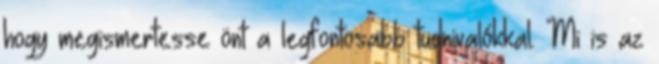
hogy megismertesse önt a legfontosabb tudnivalókkal. Mi is az